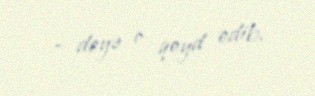
– deyə o qeyd edib.